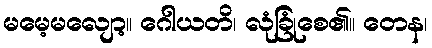
မမေ့မလျော့။ ဂေါယတိ၊ လုံခြုံစေ၏။ တေန၊